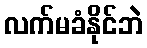
လက်မခံနိုင်ဘဲ